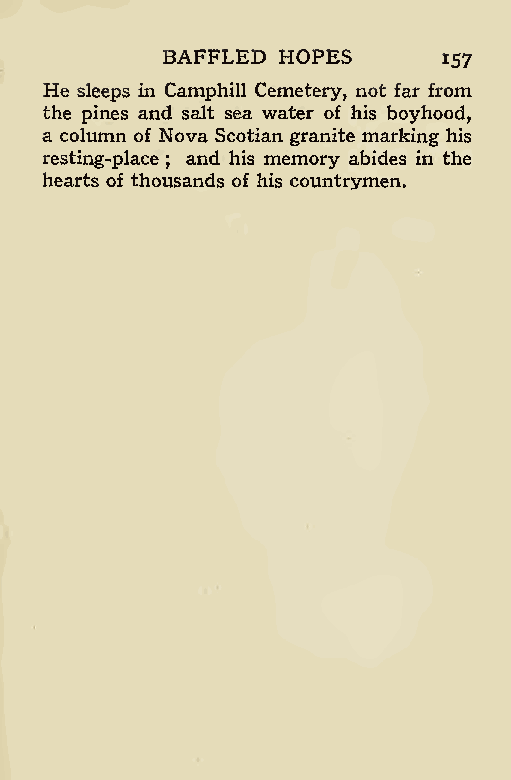
BAFFLED HOPES
 157
 He sleeps in Camphill Cemetery, not far from
 the pines and salt sea water of his boyhood,
 a column of Nova Scotian granite marking his
 resting-place and his memory abides in the
 ;
 hearts of thousands of his countrymen.